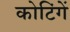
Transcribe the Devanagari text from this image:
कोटिंगें